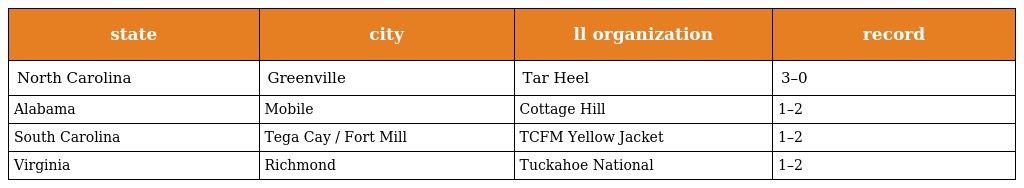
| state | city | ll organization | record |
 | --- | --- | --- | --- |
 | North Carolina | Greenville | Tar Heel | 3–0 |
 | Alabama | Mobile | Cottage Hill | 1–2 |
 | South Carolina | Tega Cay / Fort Mill | TCFM Yellow Jacket | 1–2 |
 | Virginia | Richmond | Tuckahoe National | 1–2 |